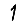
Digit: 1